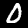
Label: 0